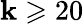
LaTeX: \mathbf{k}\geqslant20